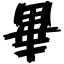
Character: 畢